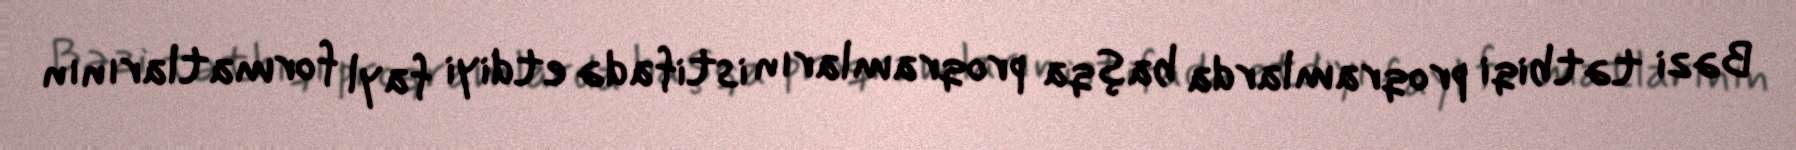
Bəzi tətbiqi proqramlarda başqa proqramların istifadə etdiyi fayl formatlarının